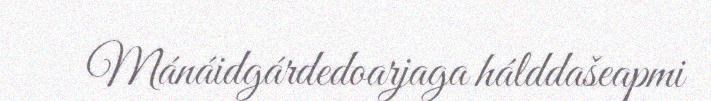
Mánáidgárdedoarjaga hálddašeapmi